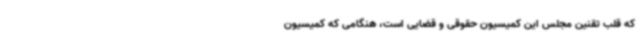
که قلب تقنین مجلس این کمیسیون حقوقی و قضایی است، هنگامی که کمیسیون